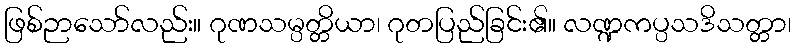
ဖြစ်ဉာသော်လည်း။ ဂုဏသမ္ပတ္တိယာ၊ ဂုတပြည်ခြင်း၏။ လဏ္ဍကပ္ပသဒိသတ္တာ၊